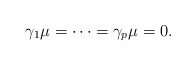
\begin{align*}\gamma_1\mu=\cdots=\gamma_p\mu=0.\end{align*}